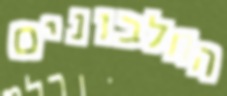
החלבונים